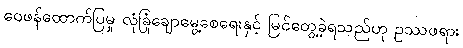
ဝေဖန်ထောက်ပြမှု လုံခြုံချောမွေ့စေရေးနှင့် မြင်တွေ့ခဲ့ရသည်ဟု ဥဿဖရား